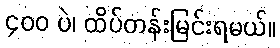
၄၀၀ ပဲ၊ ထိပ်တန်းမြင်းရမယ်။